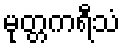
မုတ္တကရီသံ